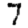
Digit: 7